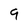
Character: 9